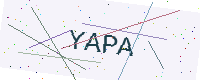
Text: YAPA